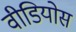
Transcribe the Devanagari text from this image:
वीडियोस